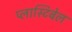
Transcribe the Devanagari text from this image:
प्लास्टिबेल